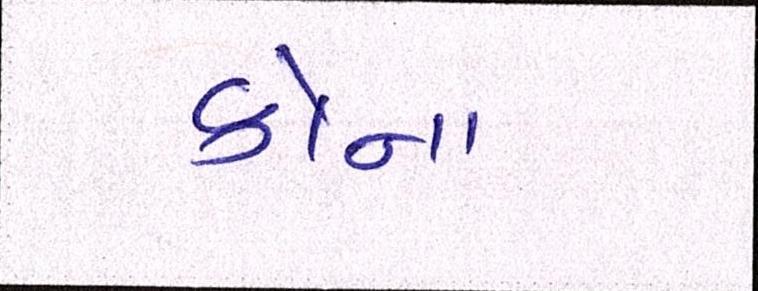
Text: કોના